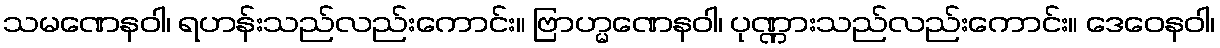
သမဏေနဝါ၊ ရဟန်းသည်လည်းကောင်း။ ဗြာဟ္မဏေနဝါ၊ ပုဏ္ဏားသည်လည်းကောင်း။ ဒေဝေနဝါ၊